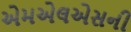
એમએલએસની